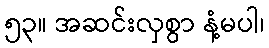
၅၃။ အဆင်းလှစွာ နံ့မပါ၊